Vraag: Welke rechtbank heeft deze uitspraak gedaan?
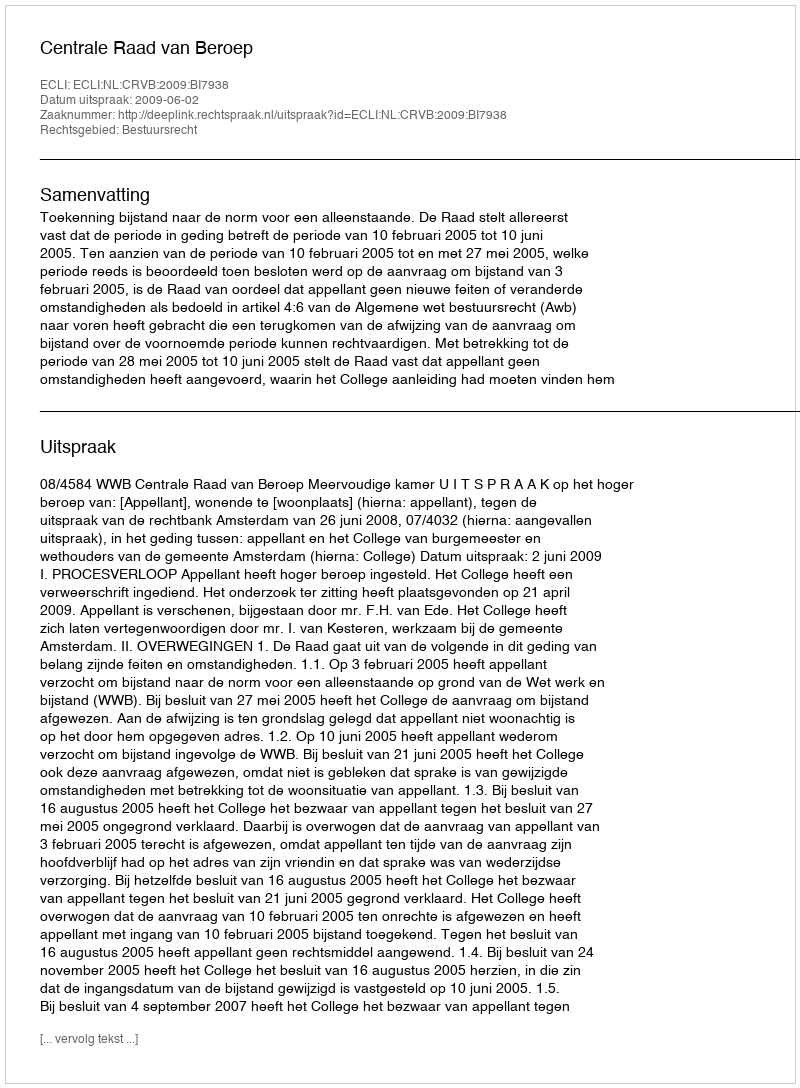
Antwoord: Centrale Raad van Beroep